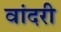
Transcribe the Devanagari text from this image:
वांदरी